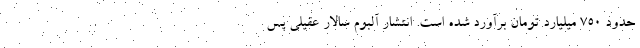
حدود ۷۵۰ میلیارد تومان برآورد شده است. انتشار آلبوم سالار عقیلی پس